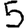
Digit: 5